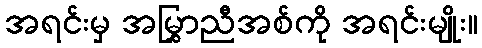
အရင်းမှ အမြွှာညီအစ်ကို အရင်းမျိုး။